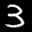
Label: 3